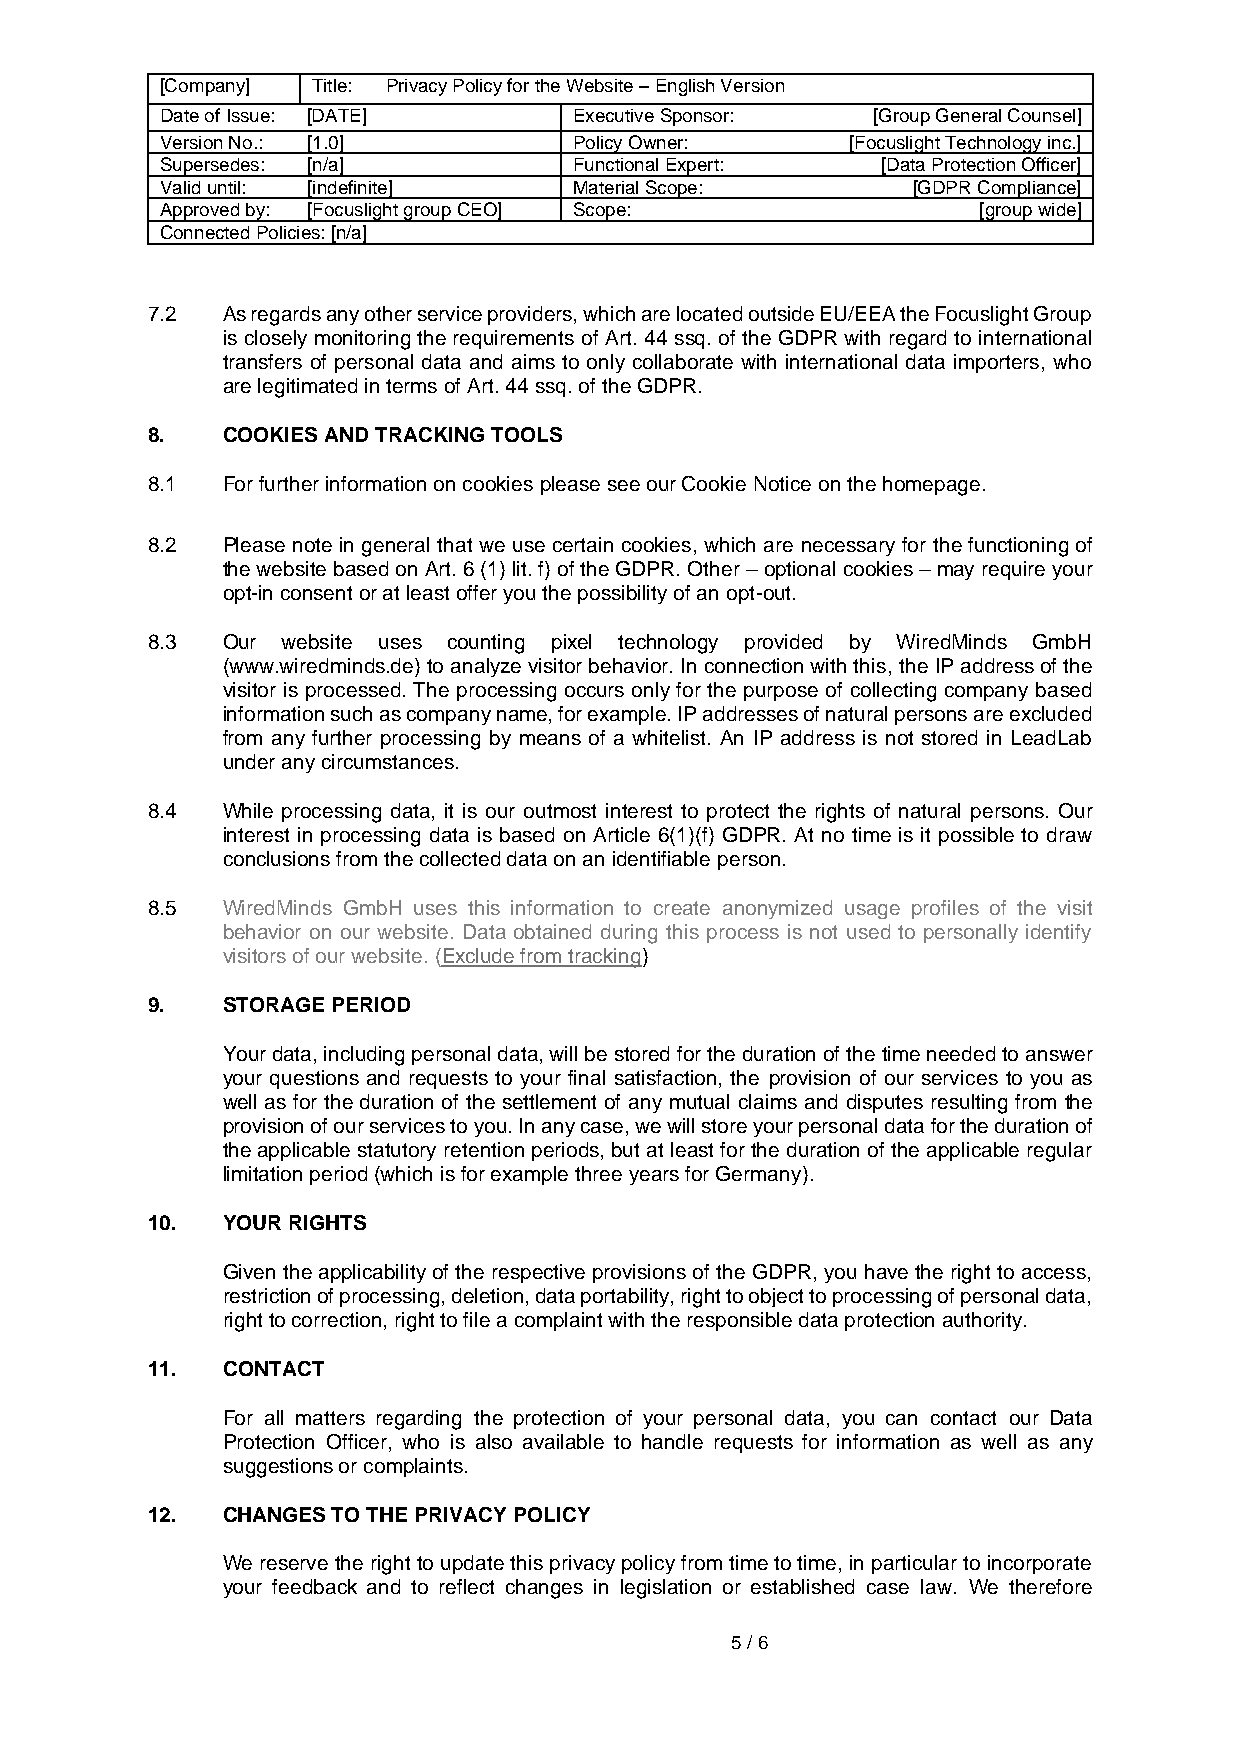
[Company] Title: Privacy Policy for the Website – English Version
 Date of Issue: [DATE]      Executive Sponsor:  [Group General Counsel]
 Version No.: [1.0]         Policy Owner:     [Focuslight Technology inc.]
 Supersedes: [n/a]          Functional Expert:  [Data Protection Officer]
 Valid until: [indefinite]  Material Scope:       [GDPR Compliance]
 Approved by: [Focuslight group CEO] Scope:            [group wide]
 Connected Policies: [n/a]
 7.2  As regards any other service providers, which are located outside EU/EEA the Focuslight Group
 is closely monitoring the requirements of Art. 44 ssq. of the GDPR with regard to international
 transfers of personal data and aims to only collaborate with international data importers, who
 are legitimated in terms of Art. 44 ssq. of the GDPR.
 8.   COOKIES AND TRACKING TOOLS
 8.1  For further information on cookies please see our Cookie Notice on the homepage.
 8.2  Please note in general that we use certain cookies, which are necessary for the functioning of
 the website based on Art. 6 (1) lit. f) of the GDPR. Other – optional cookies – may require your
 opt-in consent or at least offer you the possibility of an opt-out.
 8.3  Our website uses counting pixel technology provided by WiredMinds GmbH
 (www.wiredminds.de) to analyze visitor behavior. In connection with this, the IP address of the
 visitor is processed. The processing occurs only for the purpose of collecting company based
 information such as company name, for example. IP addresses of natural persons are excluded
 from any further processing by means of a whitelist. An IP address is not stored in LeadLab
 under any circumstances.
 8.4  While processing data, it is our outmost interest to protect the rights of natural persons. Our
 interest in processing data is based on Article 6(1)(f) GDPR. At no time is it possible to draw
 conclusions from the collected data on an identifiable person.
 8.5  WiredMinds GmbH uses this information to create anonymized usage profiles of the visit
 behavior on our website. Data obtained during this process is not used to personally identify
 visitors of our website. (Exclude from tracking)
 9.   STORAGE PERIOD
 Your data, including personal data, will be stored for the duration of the time needed to answer
 your questions and requests to your final satisfaction, the provision of our services to you as
 well as for the duration of the settlement of any mutual claims and disputes resulting from the
 provision of our services to you. In any case, we will store your personal data for the duration of
 the applicable statutory retention periods, but at least for the duration of the applicable regular
 limitation period (which is for example three years for Germany).
 10.  YOUR RIGHTS
 Given the applicability of the respective provisions of the GDPR, you have the right to access,
 restriction of processing, deletion, data portability, right to object to processing of personal data,
 right to correction, right to file a complaint with the responsible data protection authority.
 11.  CONTACT
 For all matters regarding the protection of your personal data, you can contact our Data
 Protection Officer, who is also available to handle requests for information as well as any
 suggestions or complaints.
 12.  CHANGES TO THE PRIVACY POLICY
 We reserve the right to update this privacy policy from time to time, in particular to incorporate
 your feedback and to reflect changes in legislation or established case law. We therefore
 5 / 6